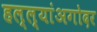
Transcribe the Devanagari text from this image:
हल्ल्यांअगोदर